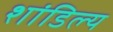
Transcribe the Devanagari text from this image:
शांडिल्‍य